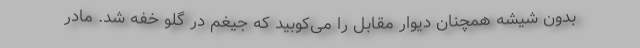
بدون شیشه همچنان دیوار مقابل را می‌کوبید که جیغم در گلو خفه شد. مادر